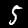
Digit: 5